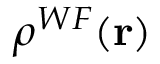
\rho ^ { W F } ( \mathbf { r } )